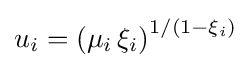
{\textstyle u_{i}=\left(\mu _{i}\,\xi _{i}\right)^{1/(1-\xi _{i})}}